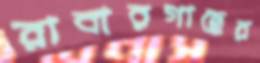
রাবারগাছের